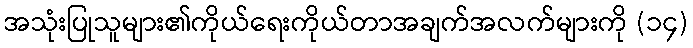
အသုံးပြုသူများ၏ကိုယ်ရေးကိုယ်တာအချက်အလက်များကို (၁၄)